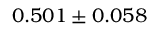
0 . 5 0 1 \pm 0 . 0 5 8